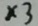
\times 3